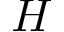
H